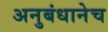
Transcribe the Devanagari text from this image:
अनुबंधानेच